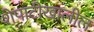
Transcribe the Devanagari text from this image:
शेपाटीखालील